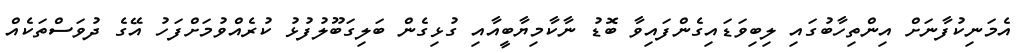
އެމަނިކުފާނަށް އިންތިހާބުގައި ލިބިވަޑައިގެންފައިވާ ބޮޑު ނާކާމިޔާބީއާއި ގުޅިގެން ބަލިގަބޫލުފުޅު ކުރެއްވުމަށްފަހު އޭގެ ދުވަސްތަކެއް